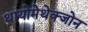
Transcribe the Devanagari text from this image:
थायोमेथेक्‍जोन